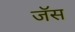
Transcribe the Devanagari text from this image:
जॅस